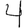
Digit: 4